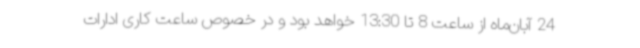
24 آبان‌ماه از ساعت 8 تا 13:30 خواهد بود و در خصوص ساعت کاری ادارات